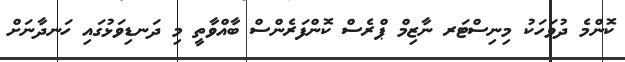
ކޮންމެ ދުވަހަކު މިނިސްޓަރ ނާޒިމް ޕްރެސް ކޮންފަރެންސް ބާއްވާތީ މި ދަނޑިވަޅުގައި ހަނދާނަށް